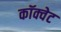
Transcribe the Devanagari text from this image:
कॉक्वेट